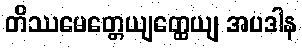
တိဿမေတ္တေယျတ္ထေယျ အပဒါန